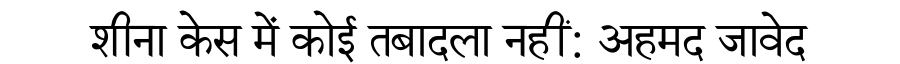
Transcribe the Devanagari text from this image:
शीना केस में कोई तबादला नहीं: अहमद जावेद